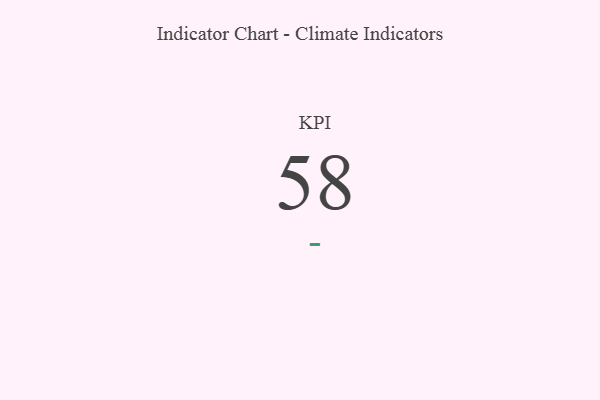
{"axis": {"x": "KPI", "y": "Value"}, "legend": [""], "data": [{"x": "KPI", "y": 58, "type": ""}]}